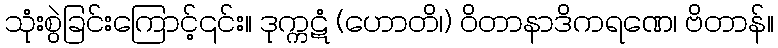
သုံးစွဲခြင်းကြောင့်၎င်း။ ဒုက္ကဋံ (ဟောတိ၊) ဝိတာနာဒိကရဏေ၊ ဗိတာန်။